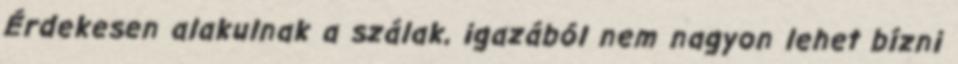
Érdekesen alakulnak a szálak, igazából nem nagyon lehet bízni